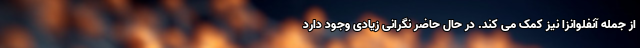
از جمله آنفلوانزا نیز کمک می کند. در حال حاضر نگرانی زیادی وجود دارد